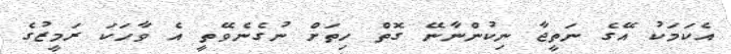
އެކަމަކު އޭގެ ނަތީޖާ ނިކުންނާނޭ ގޮތް ހިތަށް ނުގެނެވޭތީ އެ ވާހަކަ ރަމީޒުގެ